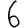
Digit: 6